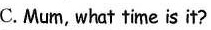
C. Mum, what time is it?